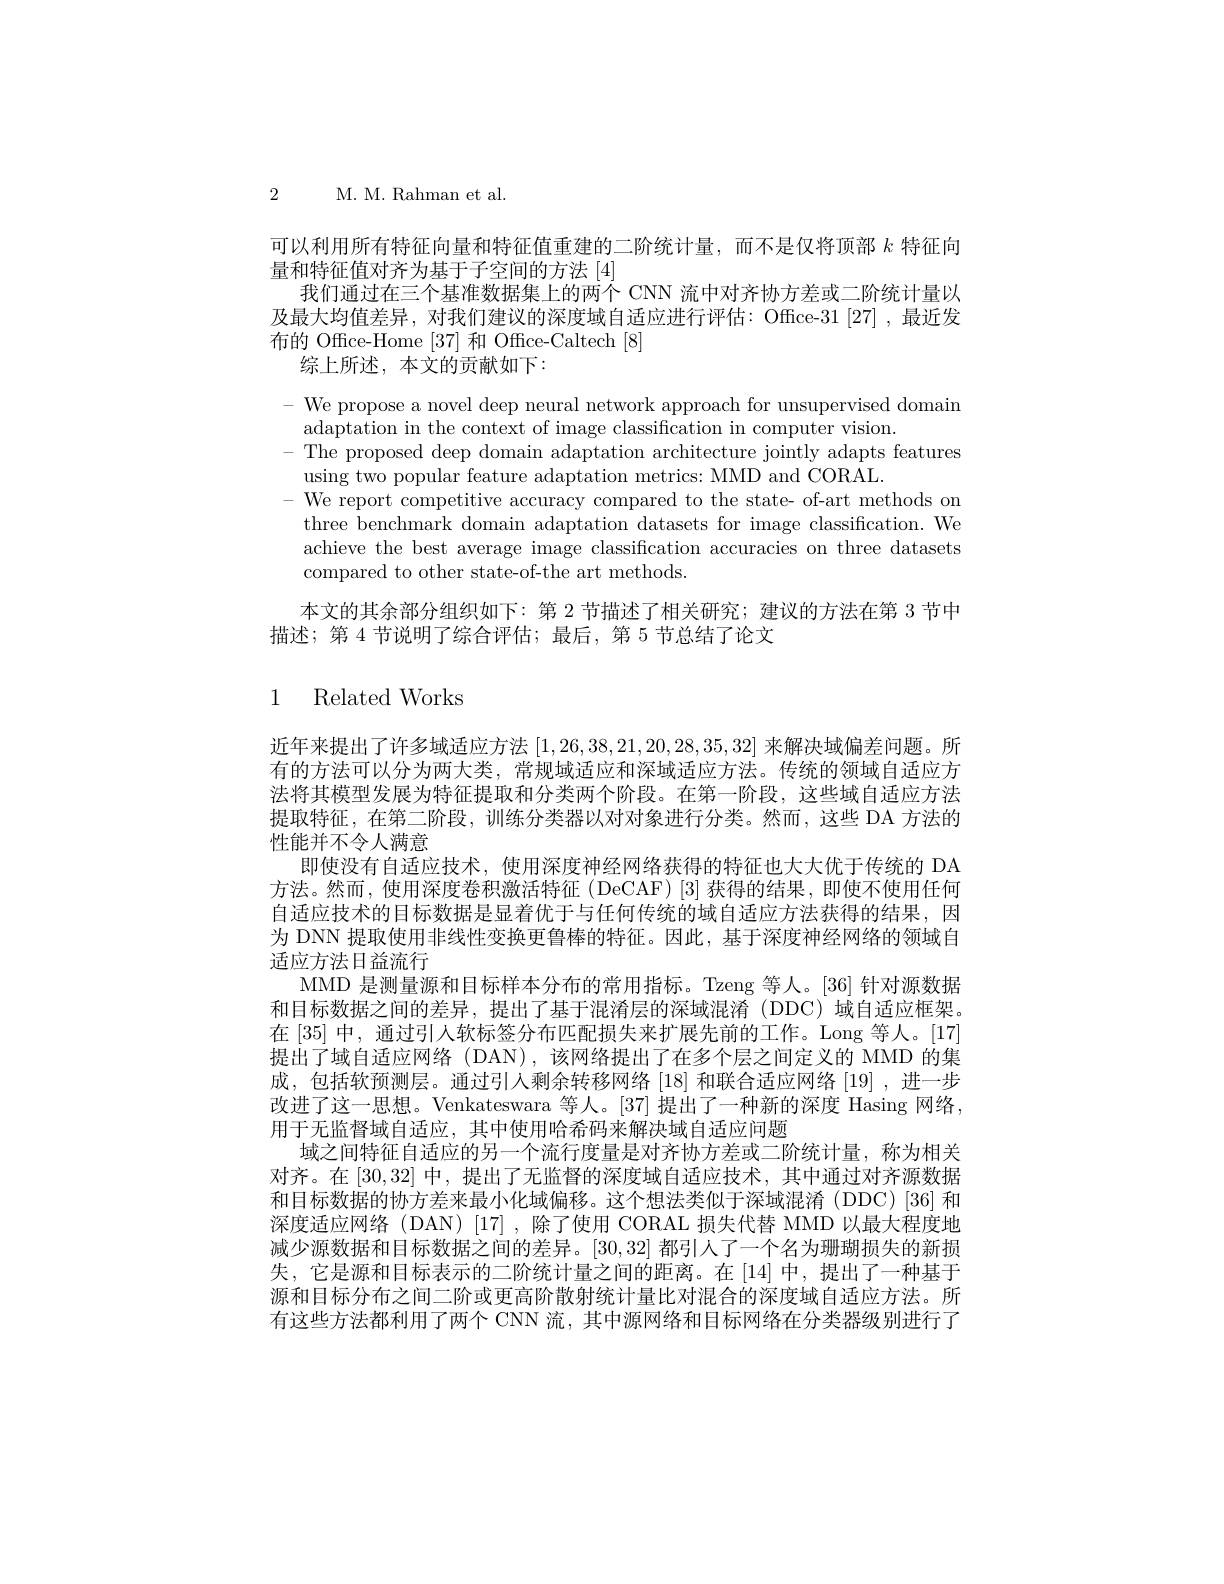
2 M. M. Rahman et al.

可以利用所有特征向量和特征值重建的二阶统计量，而不是仅将顶部$k$特征向
量和特征值对齐为基于子空间的方法 [4]
我们通过在三个基准数据集上的两个 CNN 流中对齐协方差或二阶统计量以及最大均值差异，对我们建议的深度域自适应进行评估：Office-31 [27],最近发布的 Office-Home [37]和 Office-Caltech [8]
综上所述，本文的贡献如下：

- We propose a novel deep neural network approach for unsupervised domain
adaptation in the context of image classification in computer vision.
- The proposed deep domain adaptation architecture jointly adapts features
using two popular feature adaptation metrics: MMD and CORAL.
- We report competitive accuracy compared to the state- of-art methods on three benchmark domain adaptation datasets for image classification. We achieve the best average image classification accuracies on three datasets compared to other state-of-the art methods.

本文的其余部分组织如下：第 2 节描述了相关研究；建议的方法在第 3 节中
描述；第 4 节说明了综合评估；最后，第 5 节总结了论文

## 1 Related Works

近年来提出了许多域适应方法[1,26,38,21,20,28,35,32]来解决域偏差问题。所有的方法可以分为两大类，常规域适应和深域适应方法。传统的领域自适应方法将其模型发展为特征提取和分类两个阶段。在第一阶段，这些域自适应方法提取特征，在第二阶段，训练分类器以对对象进行分类。然而，这些 DA 方法的性能并不令人满意
即使没有自适应技术，使用深度神经网络获得的特征也大大优于传统的 DA 方法。然而，使用深度卷积激活特征(DeCAF)[3]获得的结果，即使不使用任何自适应技术的目标数据是显着优于与任何传统的域自适应方法获得的结果，因为 DNN 提取使用非线性变换更鲁棒的特征。因此，基于深度神经网络的领域自适应方法日益流行
MMD 是测量源和目标样本分布的常用指标。Tzeng 等人。[36] 针对源数据和目标数据之间的差异，提出了基于混淆层的深域混淆(DDC)域自适应框架。在[35]中，通过引人软标签分布匹配损失来扩展先前的工作。Long 等人。[17] 提出了域自适应网络 (DAN),该网络提出了在多个层之间定义的 MMD 的集成，包括软预测层。通过引人剩余转移网络 [18] 和联合适应网络 [19] ,进一步改进了这一思想。Venkateswara 等人。[37] 提出了一种新的深度 Hasing 网络， 用于无监督域自适应，其中使用哈希码来解决域自适应问题
域之间特征自适应的另一个流行度量是对齐协方差或二阶统计量，称为相关对齐。在[30,32]中，提出了无监督的深度域自适应技术，其中通过对齐源数据和目标数据的协方差来最小化域偏移。这个想法类似于深域混淆(DDC)[36] 和深度适应网络(DAN)[17],除了使用 CORAL 损失代替 MMD 以最大程度地减少源数据和目标数据之间的差异。[30,32] 都引人了一个名为珊瑚损失的新损失，它是源和目标表示的二阶统计量之间的距离。在[14]中，提出了一种基于源和目标分布之间二阶或更高阶散射统计量比对混合的深度域自适应方法。所有这些方法都利用了两个 CNN 流，其中源网络和目标网络在分类器级别进行了